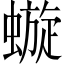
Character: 𧐗